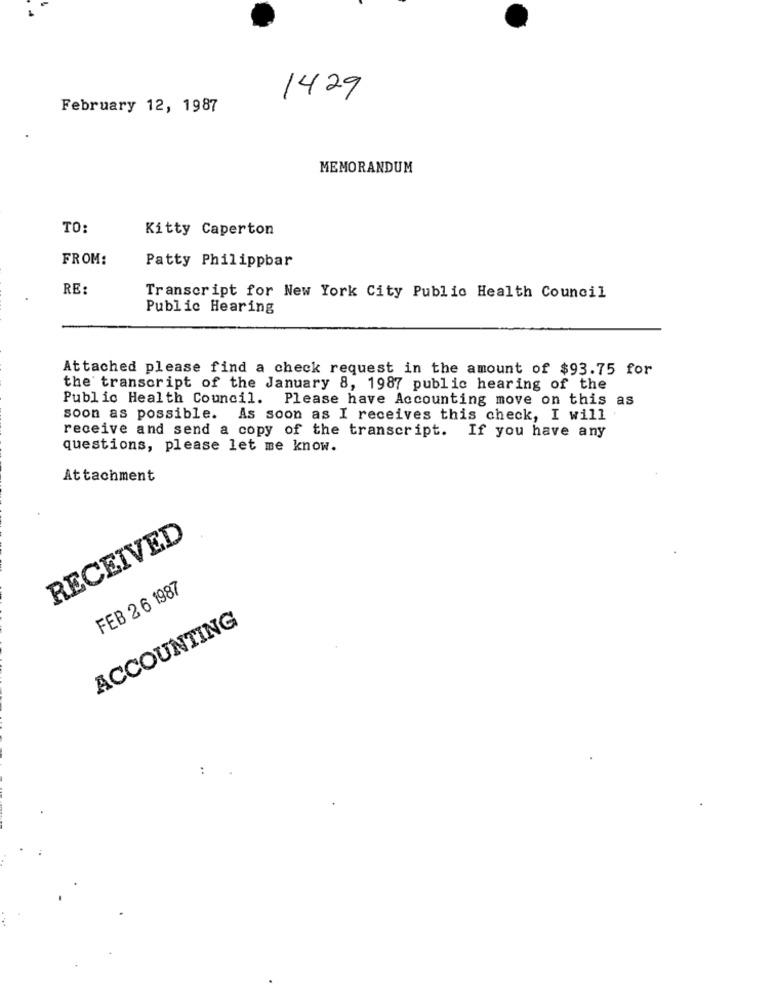
1429
February 12, 1987
MEMORANDUM
TO:
Kitty Caperton
FROM:
Patty Philippbar
RE:
Transcript for New York City Public Health Council
Public Hearing
Attached please find a check request in the amount of $93.75 for
the transcript of the January 8, 1987 public hearing of the
Public Health Council. Please have Accounting move on this as
soon as possible. As soon as I receives this check, I will
receive and send a copy of the transcript. If you have any
questions, please let me know.
Attachment
RECEIVED
FEB 2 6 1987
ACCOUNTING
: